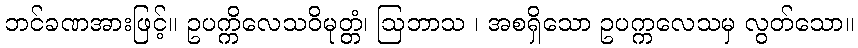
ဘင်ခဏအားဖြင့်။ ဥပက္ကိလေသဝိမုတ္တံ၊ ဩဘာသ ၊ အစရှိသော ဥပက္ကလေသမှ လွတ်သော။